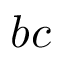
b c